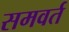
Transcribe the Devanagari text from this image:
समवर्त